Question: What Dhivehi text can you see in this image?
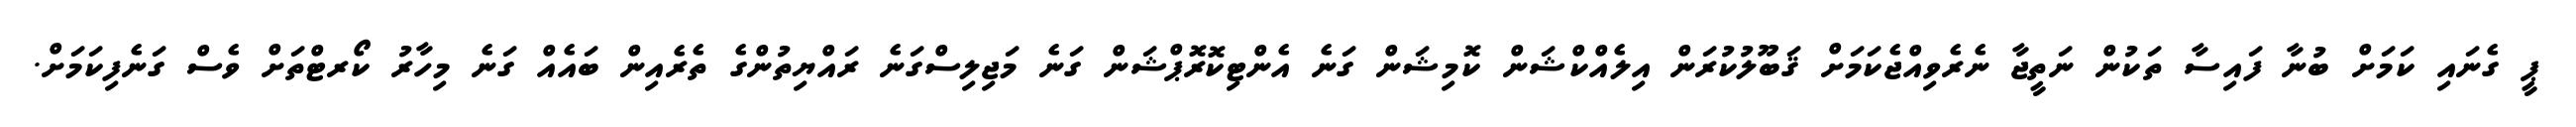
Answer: ޕީ ގެނައި ކަމަށް ބުނާ ފައިސާ ތަކުން ނަތީޖާ ނެރެވިއްޖެކަމަށް ޤަބޫލުކުރަން އިލެއްކްޝަން ކޮމިޝަން ގަނެ އެންޓިކޮރޮޕްޝަން ގަނެ މަޖިލިސްގަނެ ރައްޔިތުންގެ ތެރެއިން ބައެއް ގަނެ މިހާރު ކޯރޓްތަށް ވެސް ގަނެފިކަމަށް.